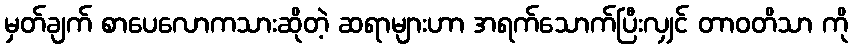
မှတ်ချက် စာပေလောကသားဆိုတဲ့ ဆရာများဟာ အရက်သောက်ပြီးလျှင် တာဝတိသာ ကို